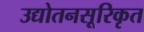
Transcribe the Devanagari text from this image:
उद्योतनसूरिकृत